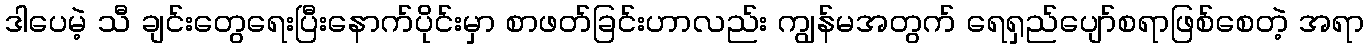
ဒါပေမဲ့ သီ ချင်းတွေရေးပြီးနောက်ပိုင်းမှာ စာဖတ်ခြင်းဟာလည်း ကျွန်မအတွက် ရေရှည်ပျော်စရာဖြစ်စေတဲ့ အရာ